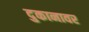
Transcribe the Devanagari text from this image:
दुकानावर